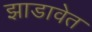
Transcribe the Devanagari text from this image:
झाडावेत